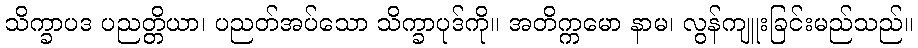
သိက္ခာပဒ ပညတ္တိယာ၊ ပညတ်အပ်သော သိက္ခာပုဒ်ကို။ အတိက္ကမော နာမ၊ လွန်ကျူးခြင်းမည်သည်။